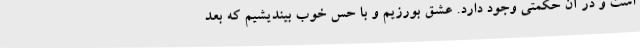
است و در آن حکمتی وجود دارد. عشق بورزیم و با حس خوب بیندیشیم که بعد